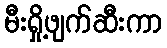
မီးရှို့ဖျက်ဆီးကာ